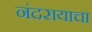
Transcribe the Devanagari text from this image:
नंदरायाचा